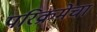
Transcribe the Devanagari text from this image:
परिक्रमेचा